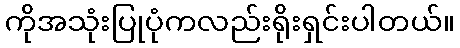
ကိုအသုံးပြုပုံကလည်းရိုးရှင်းပါတယ်။